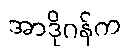
အာဒိုဂန်က